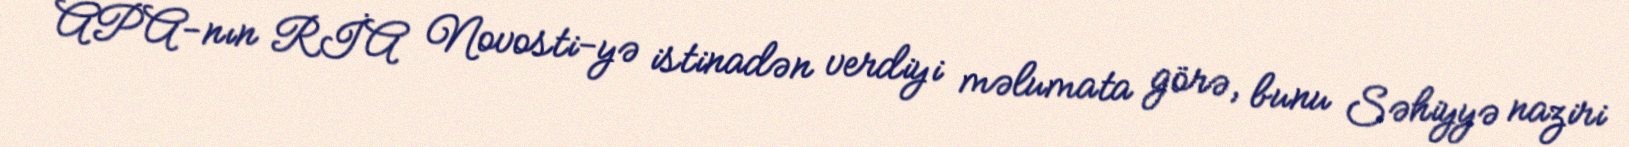
APA-nın RİA Novosti-yə istinadən verdiyi məlumata görə, bunu Səhiyyə naziri